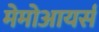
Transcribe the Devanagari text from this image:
मेमोआयर्स